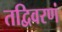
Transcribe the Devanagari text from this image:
तद्विवरणं